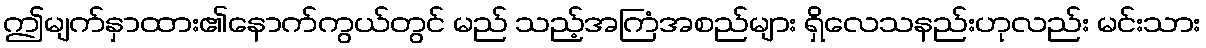
ဤမျက်နှာထား၏နောက်ကွယ်တွင် မည် သည့်အကြံအစည်များ ရှိလေသနည်းဟုလည်း မင်းသား